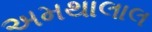
અમથાલાલ